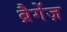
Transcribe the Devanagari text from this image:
ब्रैगेंज़